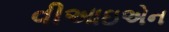
વીઆઇએન